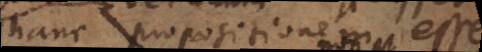
hanc propositionem esse